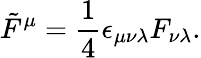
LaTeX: \tilde{F}^{\mu}={\frac{1}{4}}\epsilon_{\mu\nu\lambda}F_{\nu\lambda}.